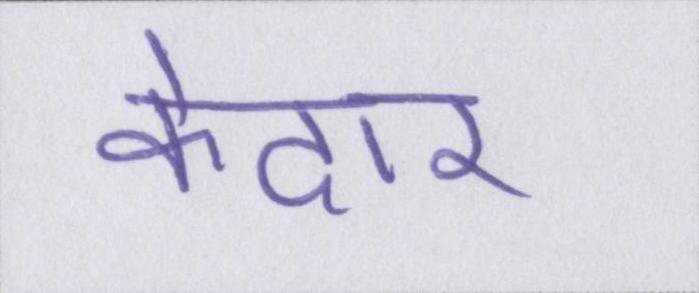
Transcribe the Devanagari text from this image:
केदार